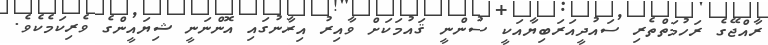
ރާއްޖޭގެ ރަހުމަތްތެރި ސައުދީއަރަބިޔާއަކީ ސުންނީ ޤައުމަކަށް ވާއިރު އިރާނުގައި އޮންނަނީ ޝިޔައީންގެ ވެރިކަމެކެވެ.